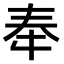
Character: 𫯠